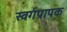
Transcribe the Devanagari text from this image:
स्वर्गप्रापक